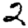
Digit: 2